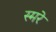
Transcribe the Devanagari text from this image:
स्मरे